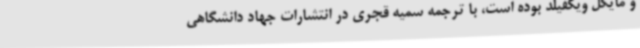
و مایکل ویکفیلد بوده است، با ترجمه سمیه قجری در انتشارات جهاد دانشگاهی